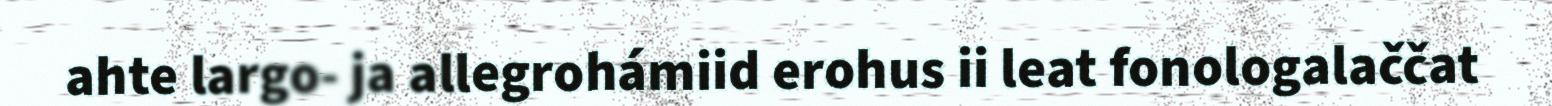
ahte largo- ja allegrohámiid erohus ii leat fonologalaččat